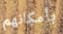
بأمكانهم